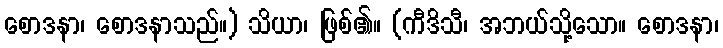
စောဒနာ၊ စောဒနာသည်။) သိယာ၊ ဖြစ်၏။ (ကီဒိသီ၊ အဘယ်သို့သော။ စောဒနာ၊